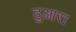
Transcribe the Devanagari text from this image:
हुआरा